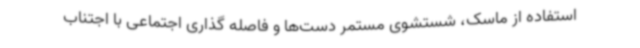
استفاده از ماسک، شستشوی مستمر دست‌ها و فاصله گذاری اجتماعی با اجتناب